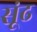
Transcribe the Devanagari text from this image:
सूंढ